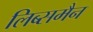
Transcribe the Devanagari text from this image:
लिब्समैन